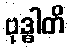
ဗုဒ္ဓါတိ